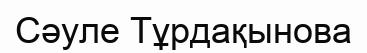
Сәуле Тұрдақынова